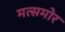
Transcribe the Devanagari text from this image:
मत्समोर